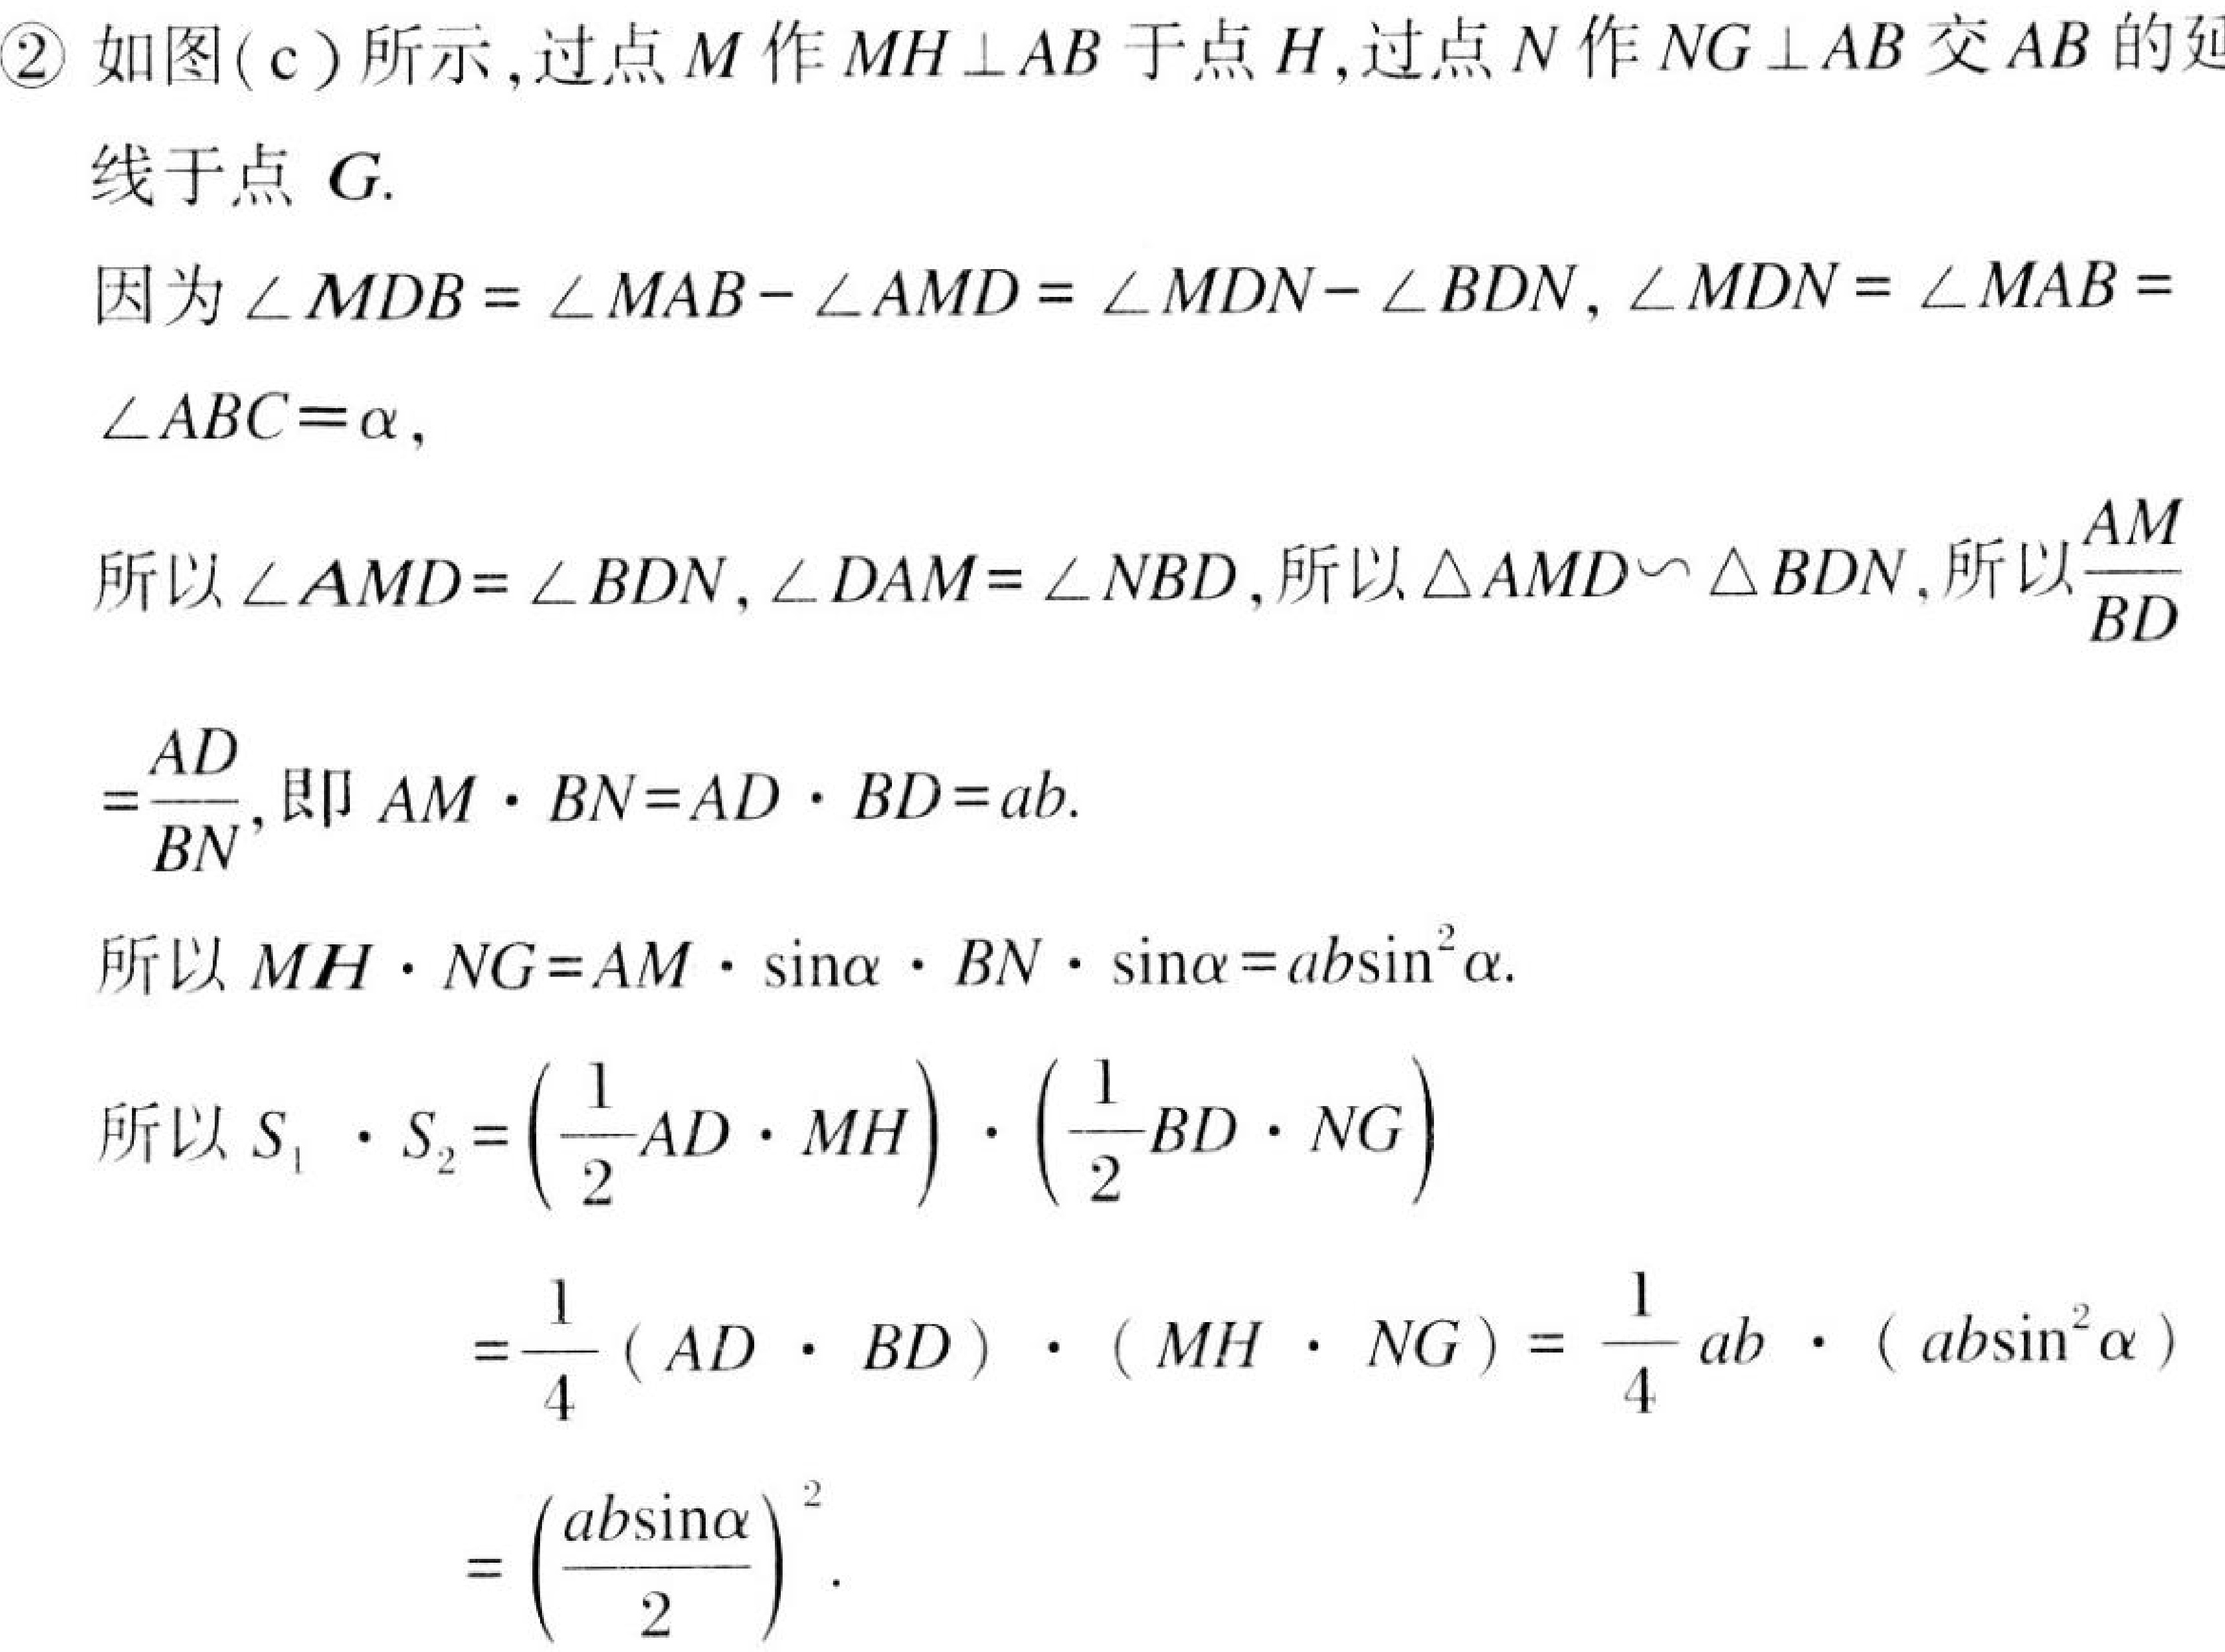
\textcircled{2} 如图(c)所示,过点\(M\)作\(MH\perp AB\)于点\(H\),过点\(N\)作\(NG\perp AB\)交\(AB\)的延
线于点\(G\).
因为\(\angle MDB=\angle MAB - \angle AMD=\angle MDN - \angle BDN\), \(\angle MDN=\angle MAB =\)
\(\angle ABC = \alpha\),
所以\(\angle AMD = \angle BDN\), \(\angle DAM = \angle NBD\),所以\(\triangle AMD\backsim\triangle BDN\),所以\(\frac{AM}{BD}\)
\(=\frac{AD}{BN}\),即\(AM\cdot BN = AD\cdot BD = ab\).
所以\(MH\cdot NG = AM\cdot\sin\alpha\cdot BN\cdot\sin\alpha = ab\sin^{2}\alpha\).
所以\(S_{1}\cdot S_{2}=\left(\frac{1}{2}AD\cdot MH\right)\cdot\left(\frac{1}{2}BD\cdot NG\right)\)
\(=\frac{1}{4}(AD\cdot BD)\cdot(MH\cdot NG)=\frac{1}{4}ab\cdot(ab\sin^{2}\alpha)\)
\(=\left(\frac{ab\sin\alpha}{2}\right)^{2}\).